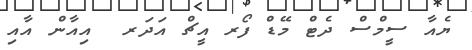
ޔެއާ ސީމްސް ދެޓް މޭޑް ފޯރ އީޗް އަދަރ  އިއާން އާއި